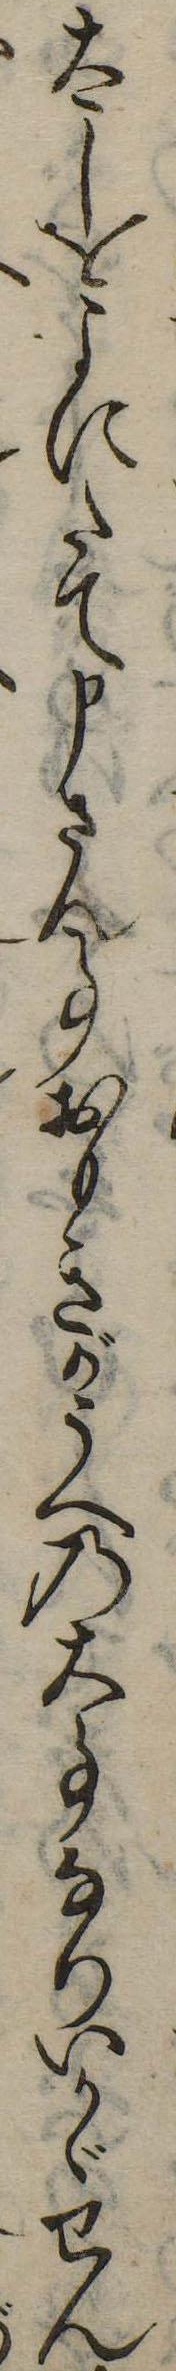
太しをよにたて申さん事おもきがうへの大事なりいかゞせん